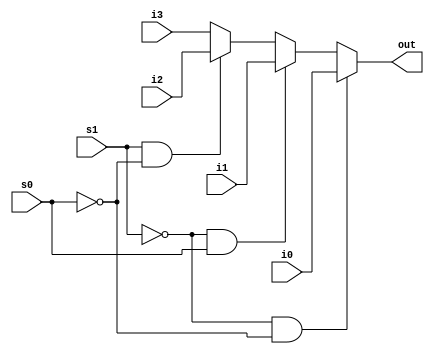
module mult4_to_1_32(out, i0, i1, i2, i3, s0, s1);
    output [31:0] out;
    input [31:0] i0, i1, i2, i3;
    input s0, s1;

    assign out = (s1 == 0 && s0 == 0) ? i0 :
                 (s1 == 0 && s0 == 1) ? i1 :
                 (s1 == 1 && s0 == 0) ? i2 :
                                        i3;
endmodule